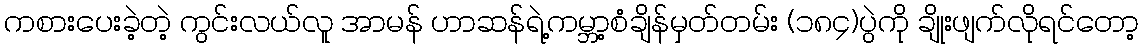
ကစားပေးခဲ့တဲ့ ကွင်းလယ်လူ အာမန် ဟာဆန်ရဲ့ကမ္ဘာ့စံချိန်မှတ်တမ်း (၁၈၄)ပွဲကို ချိုးဖျက်လိုရင်တော့